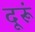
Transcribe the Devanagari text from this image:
दूरूं